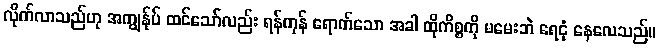
လိုက်လာသည်ဟု အကျွန်ုပ် ထင်သော်လည်း ရန်ကုန် ရောက်သော အခါ ထိုကိစ္စကို မမေးဘဲ ရေငုံ နေလေသည်။